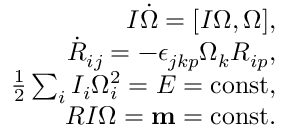
\begin{array} { r } { I \dot { \boldsymbol \Omega } = [ I { \boldsymbol \Omega } , { \boldsymbol \Omega } ] , } \\ { \dot { R } _ { i j } = - \epsilon _ { j k p } \Omega _ { k } R _ { i p } , } \\ { \frac 1 2 \sum _ { i } I _ { i } \Omega _ { i } ^ { 2 } = E = \mathrm { c o n s t } , } \\ { R I { \boldsymbol \Omega } = { \bf m } = \mathrm { c o n s t } . } \end{array}